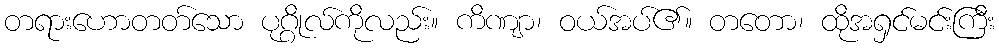
တရားဟောတတ်သော ပုဂ္ဂိုလ်ကိုလည်း။ ကိဏျာ၊ ဝယ်အပ်၏။ တတော၊ ထိုအရှင်မင်းကြီး